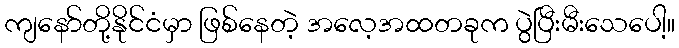
ကျနော်တို့နိုင်ငံမှာ ဖြစ်နေတဲ့ အလေ့အထတခုက ပွဲပြီးမီးသေပေါ့။